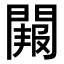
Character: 𮤑